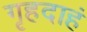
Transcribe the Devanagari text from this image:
गृहदाहं